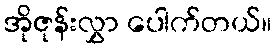
အိုဇုန်းလွှာ ပေါက်တယ်။